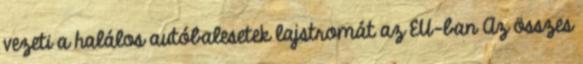
vezeti a halálos autóbalesetek lajstromát az EU-ban Az összes